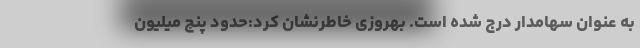
به عنوان سهامدار درج شده است. بهروزی خاطرنشان کرد:حدود پنج میلیون